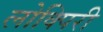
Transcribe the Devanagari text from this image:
लोक्पिरी